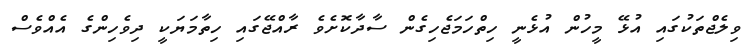
ވިލެޖްތަކުގައި އުޅޭ މީހުން އުޅެނީ ހިތްހަމަޖެހިގެން ސާދާކޮށެވެ ރާއްޖޭގައި ހިތާމަޔަކީ ދިވެހިންގެ އެއްވެސް